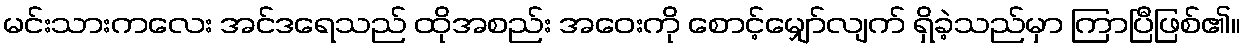
မင်းသားကလေး အင်ဒရေသည် ထိုအစည်း အဝေးကို စောင့်မျှော်လျက် ရှိခဲ့သည်မှာ ကြာပြီဖြစ်၏။